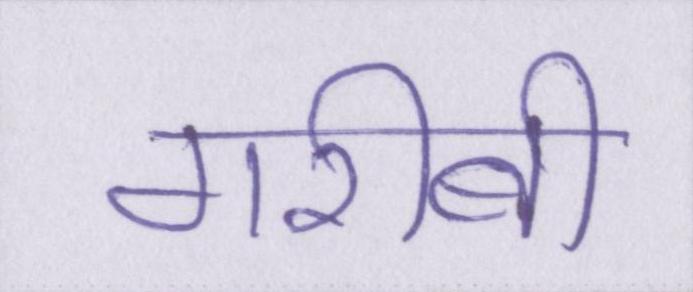
गरीबी